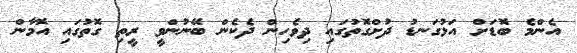
އެންމެ ބޮޑަށް އަޅުގަނޑު ދުށްގޮތުގައި ދިވެހިން ދެކެން ބޭނުންވީ ރީތި ގޮތުގައި އޮމާން